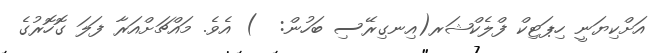
އަށްކިޔަނީ ހިޕަޓިކް ފްލެކްޝަރ(އިނގިރޭސި ބަހުން:  ) އެވެ. މައްޗަށްއަރާ ފަލަ ގޮހޮރުގެ